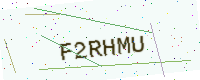
Text: F2RHMU